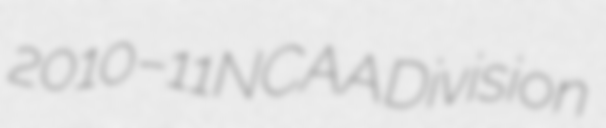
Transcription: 2010–11 NCAA Division